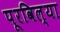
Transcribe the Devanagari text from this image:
पूरविल्या